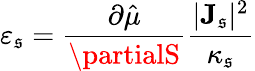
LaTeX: \varepsilon_{\mathfrak{s}}=\frac{{\partial\hat{{\mu}}}}{{\partialS}}\frac{{|{\mathbf{J}}_{\mathfrak{s}}|^{2}}}{{\kappa_{\mathfrak{s}}}}